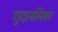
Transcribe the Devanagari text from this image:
गुदानलिका